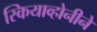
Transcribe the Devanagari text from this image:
स्कियाव्होनीने